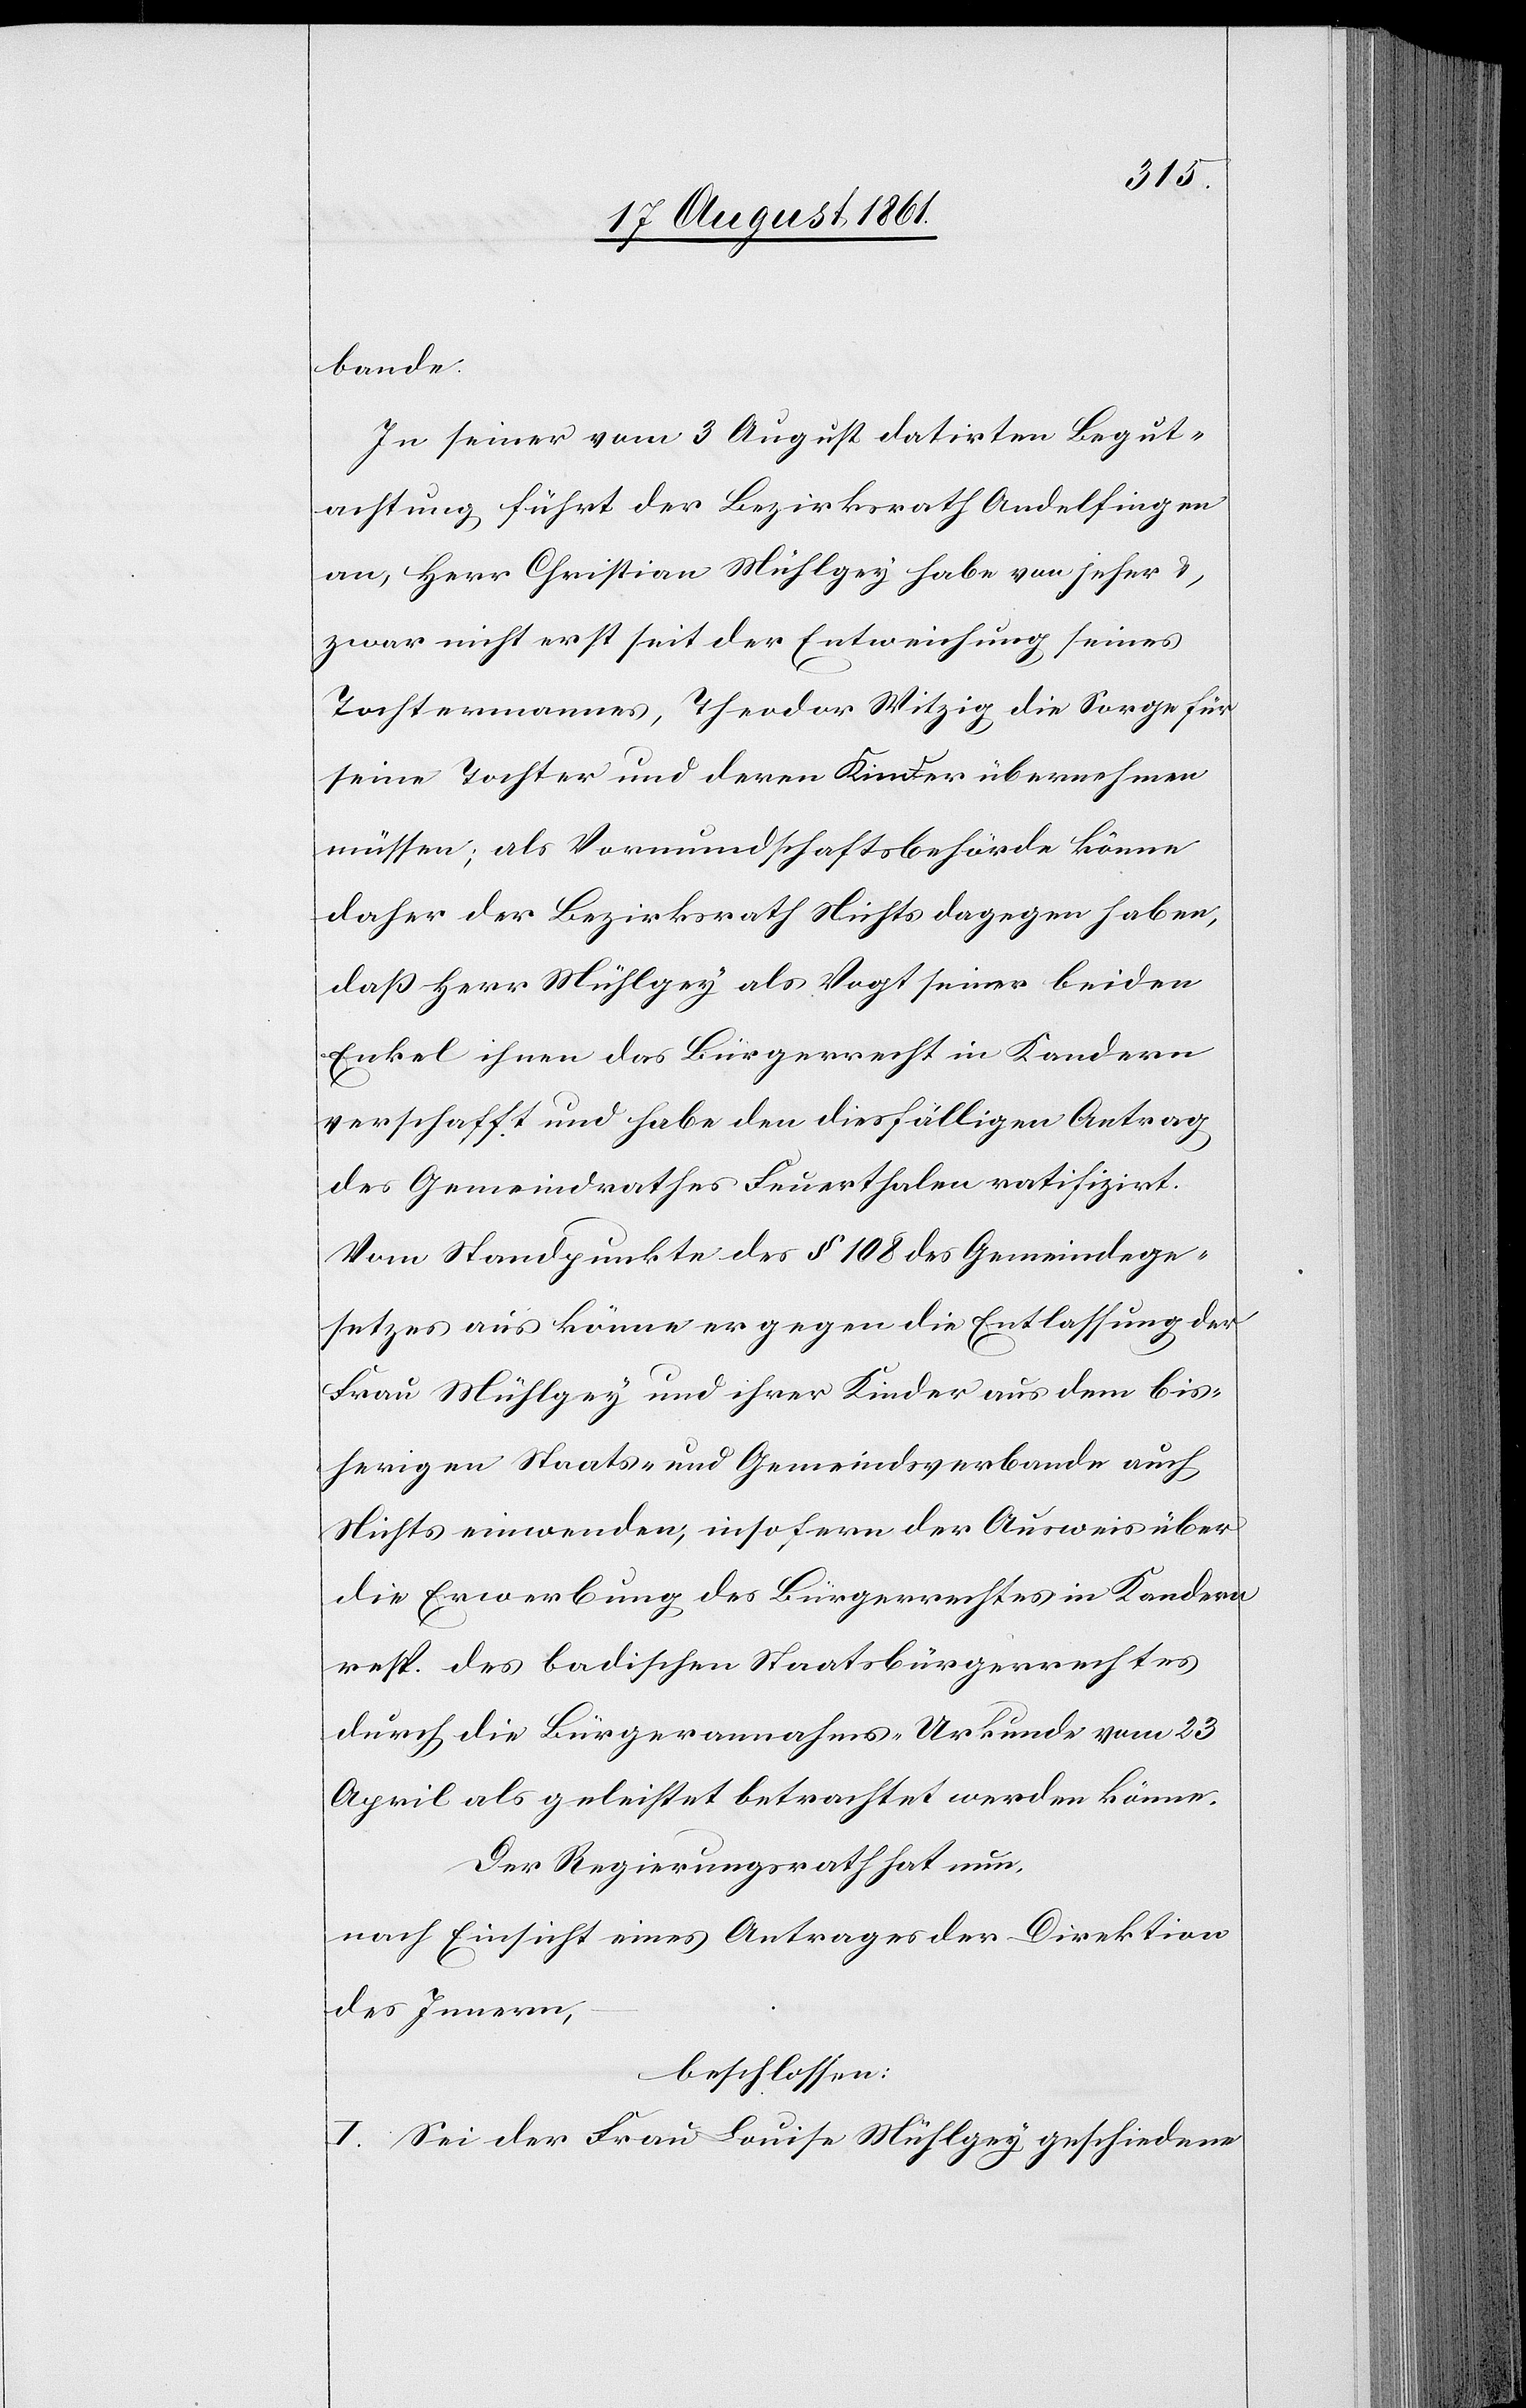
bande.
In seiner vom 3 August datirten Begut¬
achtung führt der Bezirksrath Andelfingen
an, Herr Christian Mühlgey habe von jeher u.
zwar nicht erst seit der Entweichung seines
Tochtermannes Theodor Witzig die Sorge für
seine Tochter und deren Kinder übernehmen
müssen; als Vormundschaftsbehörde könne
daher der Bezirksrath Nichts dagegen haben,
daß Herr Mühlgey als Vogt seiner beiden
Enkel ihnen das Bürgerrecht in Kandern
verschafft und habe den diesfälligen Antrag
des Gemeindrathes Feuerthalen ratifizirt.
Vom Standpunkte des § 108 des Gemeindege¬
setzes aus könne er gegen die Entlassung der
Frau Mühlgey und ihrer Kinder aus dem bis¬
herigen Staats- und Gemeindsverbande auch
Nichts einwenden, insofern der Ausweis über
die Erwerbung des Bürgerrechtes in Kandern
resp. des badischen Staatsbürgerrechtes
durch die Bürgerrechtsannahms-Urkunde vom 23
April als geleistet betrachtet werden könne.
Der Regierungsrath hat nun,
nach Einsicht eines Antrages der Direktion
des Innern,
beschlossen:
I. Sei der Frau Louise Mühlgey geschiedene